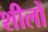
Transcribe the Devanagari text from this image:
शीलों